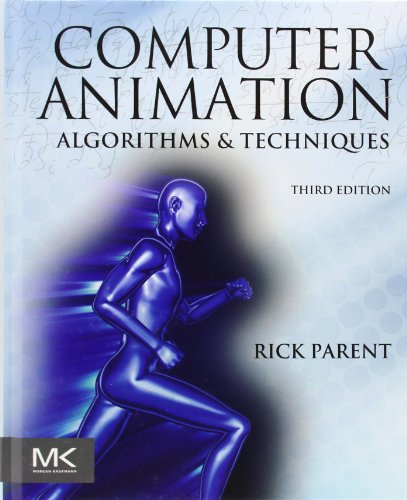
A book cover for Computer Animation, Third Edition: Algorithms and Techniques; Rick Parent; Computers & Technology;